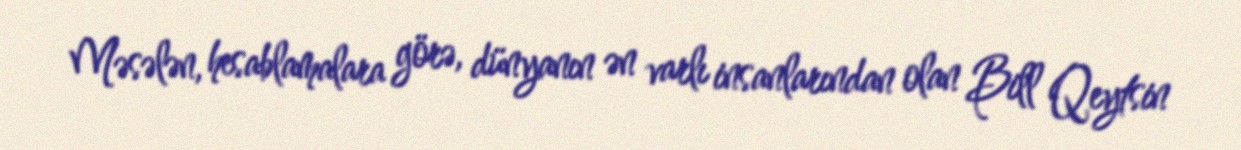
Məsələn, hesablamalara görə, dünyanın ən varlı insanlarından olan Bill Qeytsin